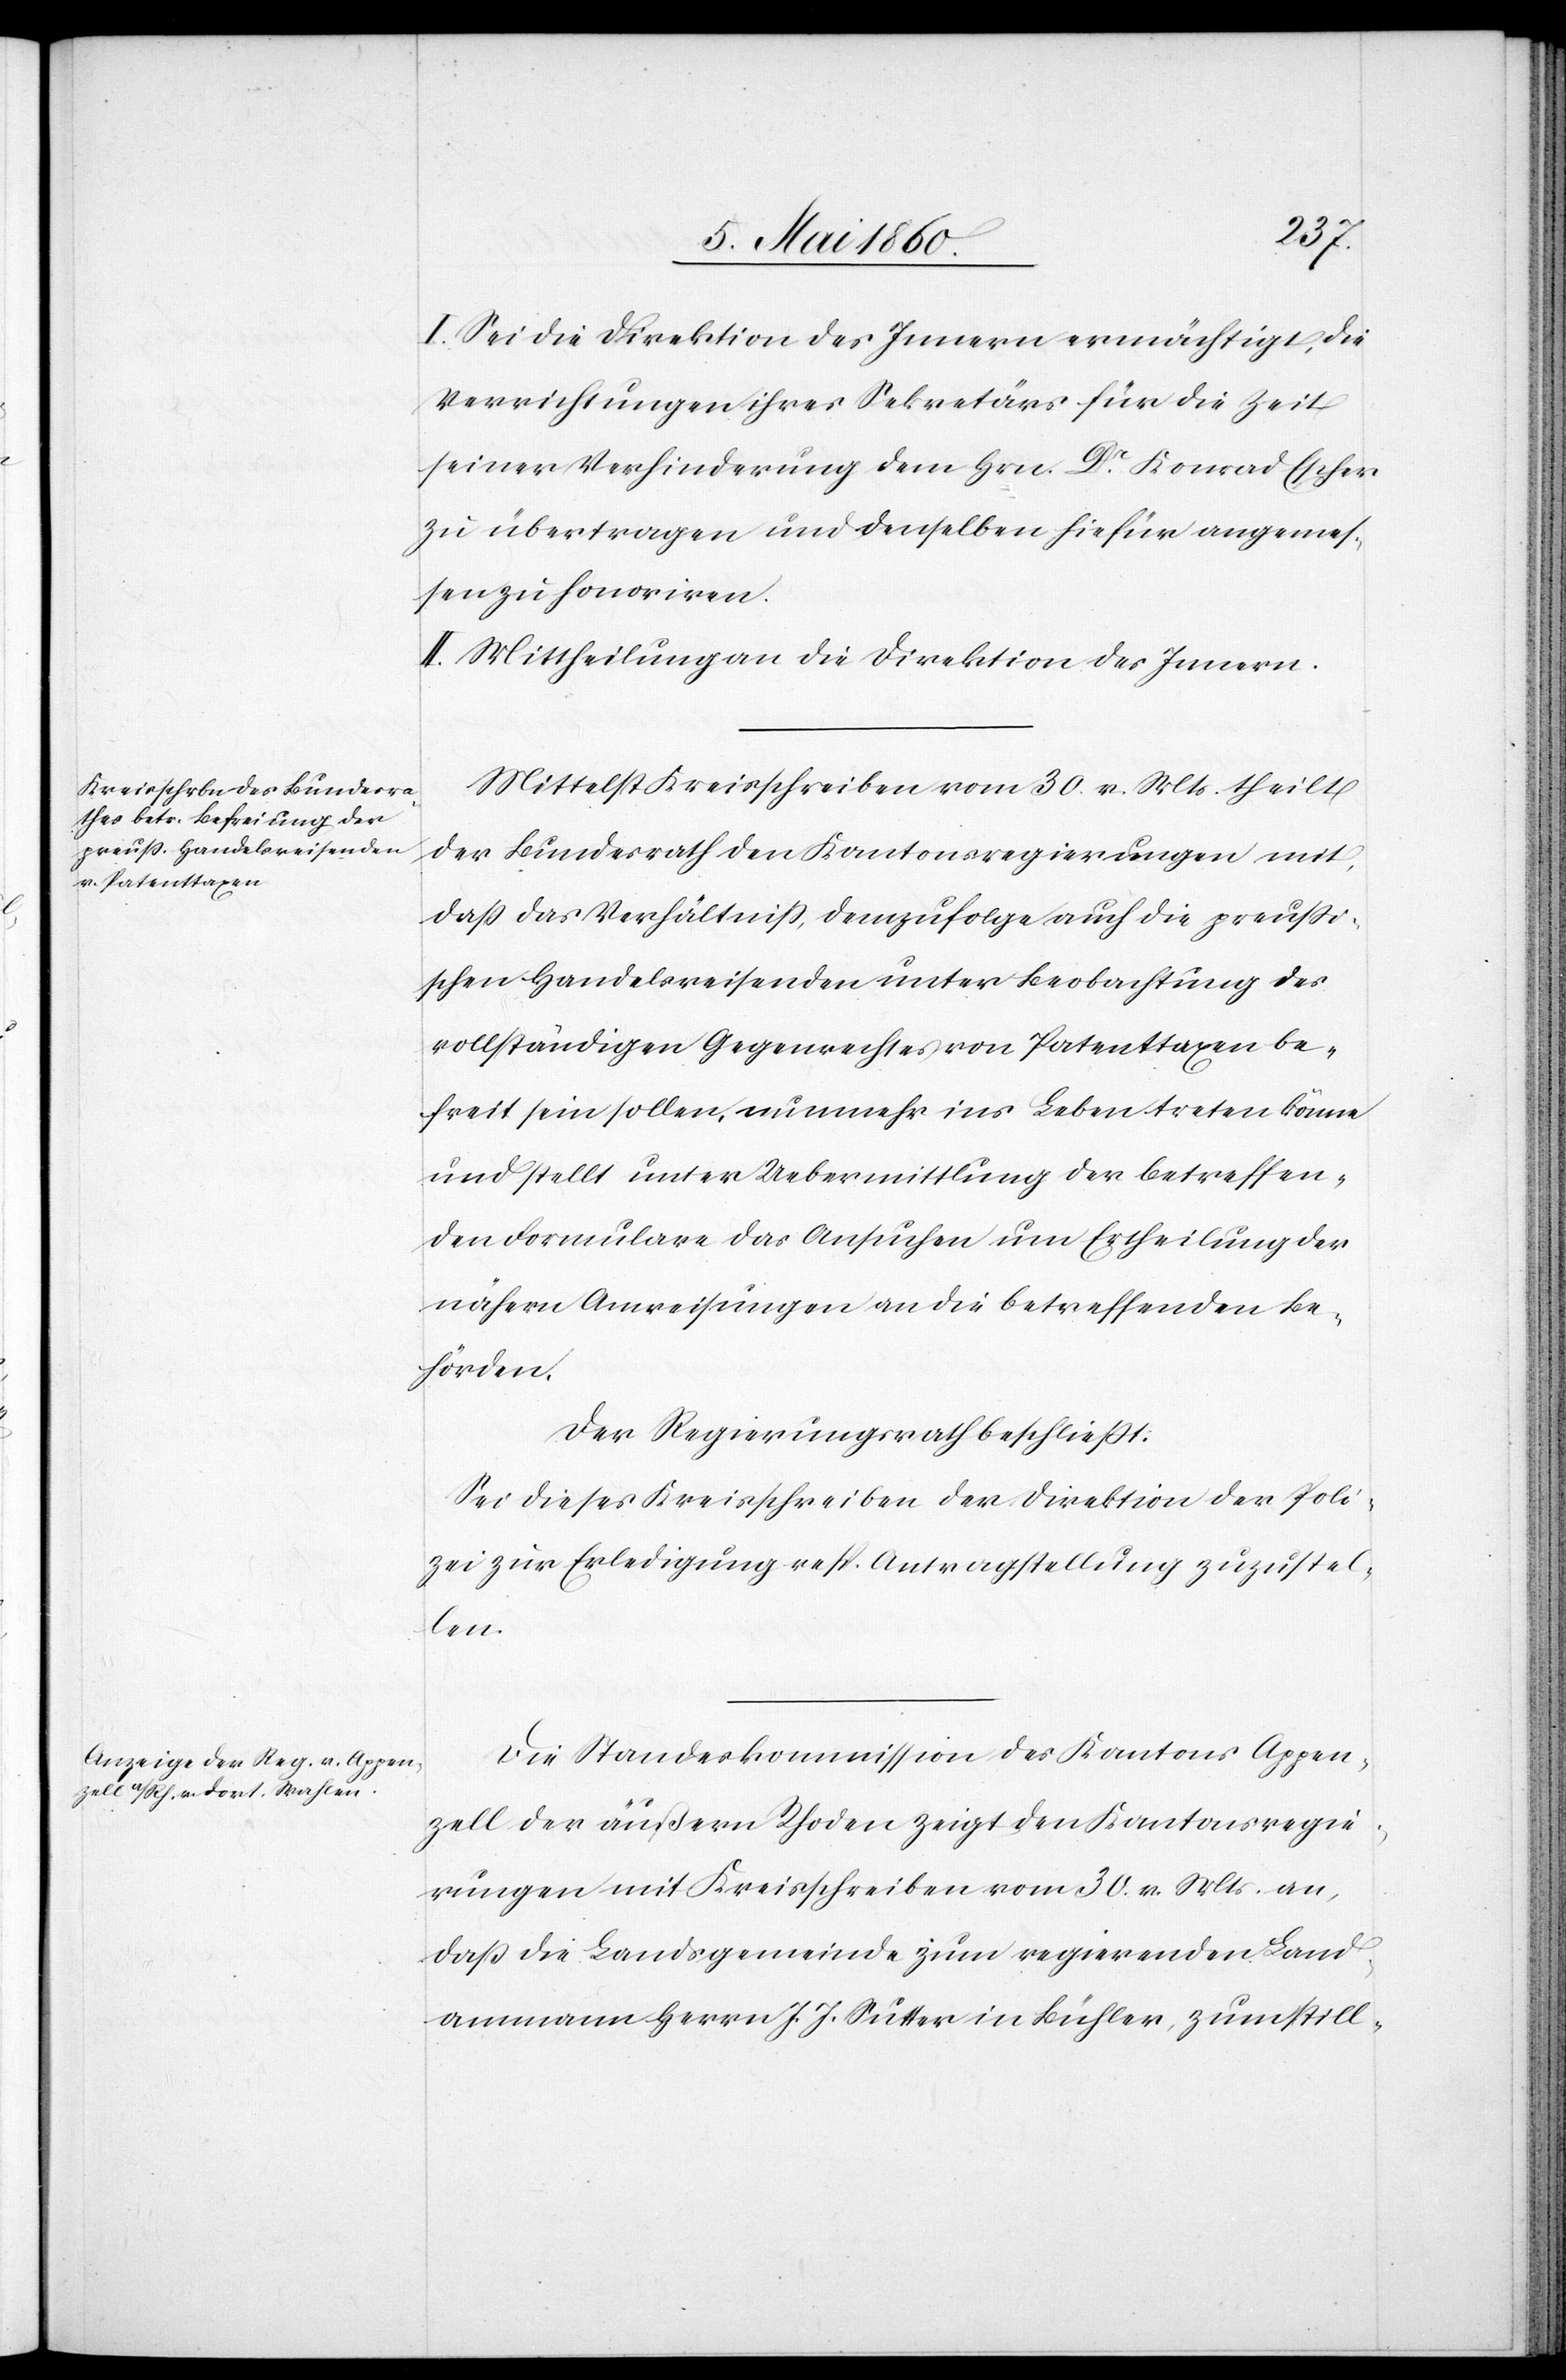
I. Sei die Direktion des Innern ermächtigt, die
Verrichtungen ihres Sekretärs für die Zeit
seiner Verhinderung dem Hrn. Dr Konrad Escher
zu übertragen und denselben hiefür angemes¬
sen zu honoriren.
II. Mittheilung an die Direktion des Innern.
Mittelst Kreisschreiben vom 30. V. Mts. theilt
der Bundesrath den Kantonsregierungen mit,
dass das Verhältniss, demzufolge auch die preußi¬
schen Handelsreisenden unter Beobachtung des
vollständigen Gegenrechtes von Patenttaxen be¬
freit sein sollen, nunmehr ins Leben treten könne
und stellt unter Uebermittlung der betreffen¬
den Formular das Ansuchen um Ertheilung der
nähern Anweisungen an die betreffenden Be¬
hörden.
Der Regierungsrath beschliesst:
Sei dieses Kreisschreiben der Direktion der Poli¬
zei zur Erledigung resp. Antragstellung zuzustel¬
len.
Die Standeskommission des Kantons Appen¬
zell der äußern Rhoden zeigt den Kantonsregie¬
rungen mit Kreisschreiben vom 30. v. Mts. an,
dass die Landsgemeinde zum regierenden Land¬
ammann Herrn J. J. Sutter in Bühler, zum still-